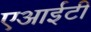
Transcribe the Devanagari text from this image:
एआईटी